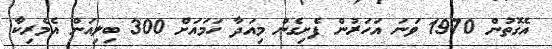
އެގޮތުން 1970 ވަނަ އަހަރުން ފެށިގެން މިއަދާ ހަމައަށް 300 ބިލިއަން އެމެރިކާ